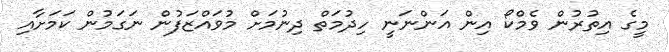
މީގެ އިތުރުން ވެމްކޯ އިން އަންނަނީ ހިދުމަތް ދިނުމަށް މުވައްޒަފުން ނަގަމުން ކަމަށާއި